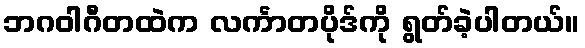
ဘဂဝါဂီတထဲက လင်္ကာတပိုဒ်ကို ရွတ်ခဲ့ပါတယ်။